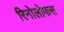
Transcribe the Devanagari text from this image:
रिनोलोफस